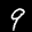
Label: 9